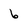
Character: 6